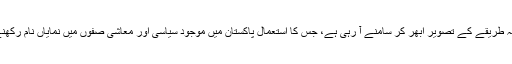
اس کے بجائے نہایت غیر اخلاقی اور قانونی لحاظ سے مشتبہ طریقے کے تصویر ابھر کر سامنے آ رہی ہے، جس کا استعمال پاکستان میں موجود سیاسی اور معاشی صفوں میں نمایاں نام رکھنے والے لوگ وسیع پیمانے پر منظم انداز میں کر رہے تھے۔